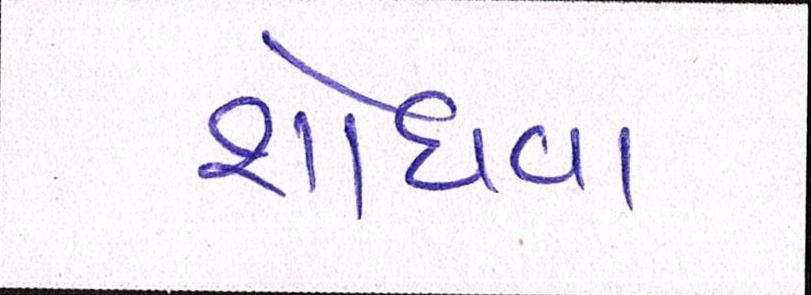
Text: શોધવા